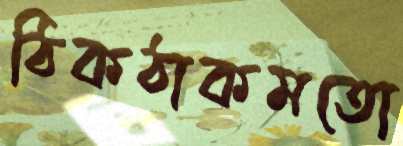
ঠিকঠাকমতো